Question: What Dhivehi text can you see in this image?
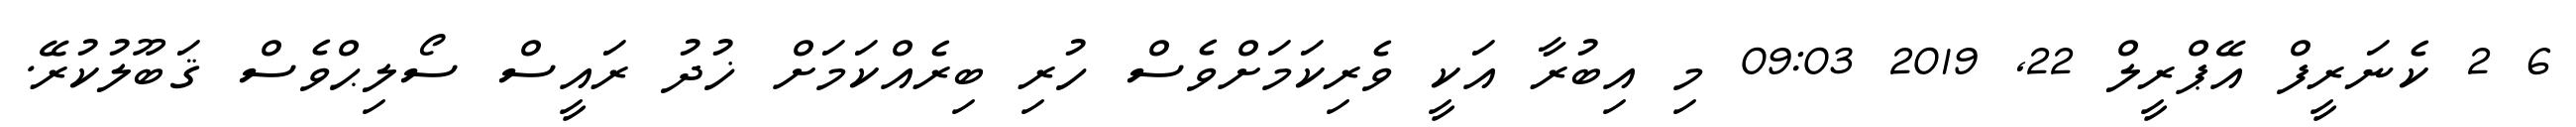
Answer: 6 2 ކެނަރީފް އޭޕްރީލް 22, 2019 09:03 މި އިބުރާ އަކީ ވެރިކަމަށްވެސް ހުރި ބިރެއްކަމަށް ޚުދު ރައީސް ސޯލިޙްވެސް ޤަބޫލުކުރޭ.